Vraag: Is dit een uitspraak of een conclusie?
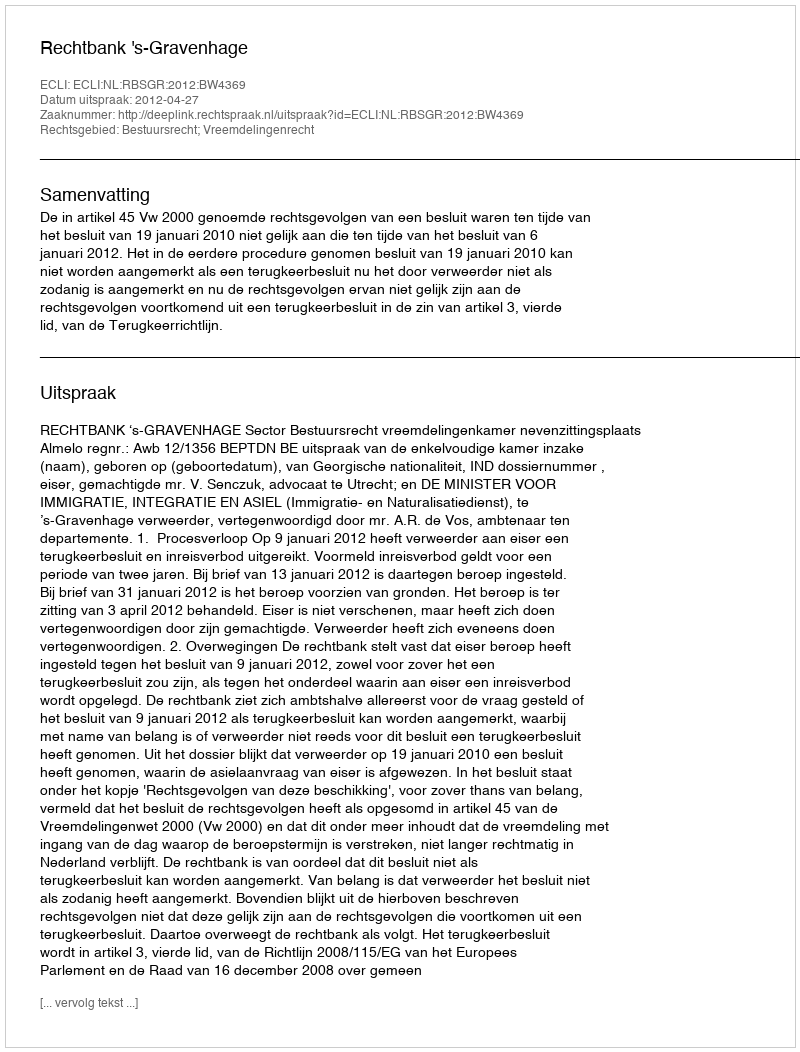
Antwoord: Uitspraak